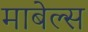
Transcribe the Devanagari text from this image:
माबेल्स